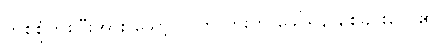
တစ်စုံတစ်ဦးအား သော့ပြင်ကုလားကို ခေါ်ရန် စေခိုင်းလေ၏။